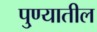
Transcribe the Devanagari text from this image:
पु्ण्यातील